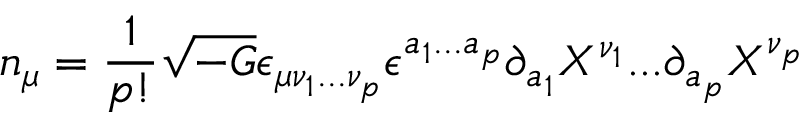
n _ { \mu } = \frac { 1 } { p ! } \sqrt { - G } \epsilon _ { \mu \nu _ { 1 } . . . \nu _ { p } } \epsilon ^ { a _ { 1 } . . . a _ { p } } \partial _ { a _ { 1 } } X ^ { \nu _ { 1 } } . . . \partial _ { a _ { p } } X ^ { \nu _ { p } }